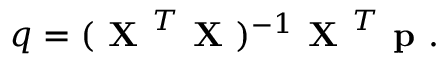
q = ( \textbf { X } ^ { T } \textbf { X } ) ^ { - 1 } \textbf { X } ^ { T } \textbf { p } .